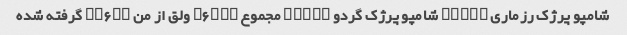
شامپو پرژک رزماری ۱۳۸۰۰ شامپو پرژک گردو ۱۳۸۰۰ مجموع ۲۶۸۰۰ ولق از من ۳۳۶۰۰ گرفته شده